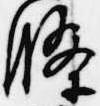
条